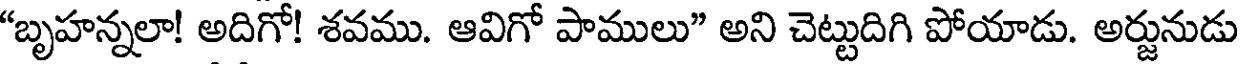
"బృహన్నలా! అదిగో! శవము. ఆవిగో పాములు" అని చెట్టుదిగి పోయాడు. అర్జునుడు